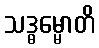
သဒ္ဓမ္မောတိ